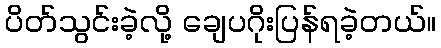
ပိတ်သွင်းခဲ့လို့ ချေပဂိုးပြန်ရခဲ့တယ်။